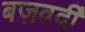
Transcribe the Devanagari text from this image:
बज़वर्दी